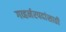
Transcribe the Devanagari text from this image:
गव्हर्नरपदांसाठी